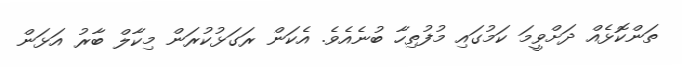
ތަންކޮޅެއް ދަށްވީމަ ކަމުގައި މުފުތިހާ ބުނެއެވެ. އެކަން ރަގަޅުކުރަން މިކާލް ބާރު އަޅަން